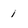
Character: 1